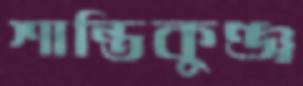
শান্তিকুঞ্জ